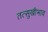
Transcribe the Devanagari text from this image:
तत्सुखीभाव